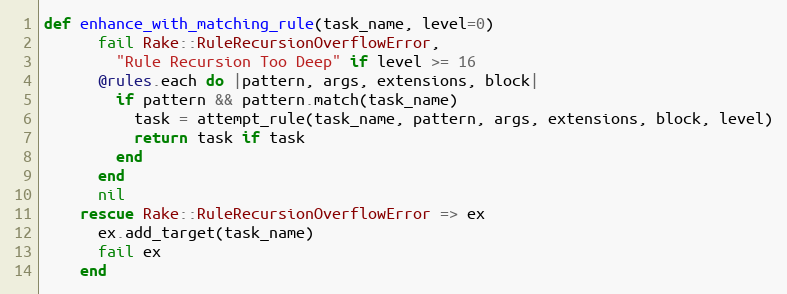
Language: Ruby
def enhance_with_matching_rule(task_name, level=0)
      fail Rake::RuleRecursionOverflowError,
        "Rule Recursion Too Deep" if level >= 16
      @rules.each do |pattern, args, extensions, block|
        if pattern && pattern.match(task_name)
          task = attempt_rule(task_name, pattern, args, extensions, block, level)
          return task if task
        end
      end
      nil
    rescue Rake::RuleRecursionOverflowError => ex
      ex.add_target(task_name)
      fail ex
    end